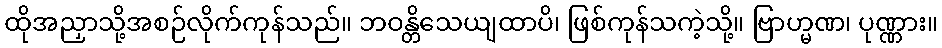
ထိုအညှာသို့အစဉ်လိုက်ကုန်သည်။ ဘဝန္တိသေယျထာပိ၊ ဖြစ်ကုန်သကဲ့သို့။ ဗြာဟ္မဏ၊ ပုဏ္ဏား။